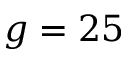
g = 2 5